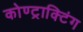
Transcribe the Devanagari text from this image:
कोण्ट्राक्टिंग